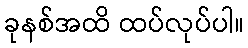
ခုနစ်အထိ ထပ်လုပ်ပါ။